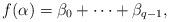
LaTeX: \begin{align*}f(\alpha)=\beta_0+\cdots+\beta_{q-1},\end{align*}